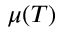
\mu ( T )